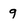
Character: 9